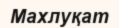
Махлуқат